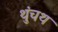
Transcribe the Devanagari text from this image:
थुंचथ